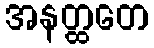
အနတ္ထတေ